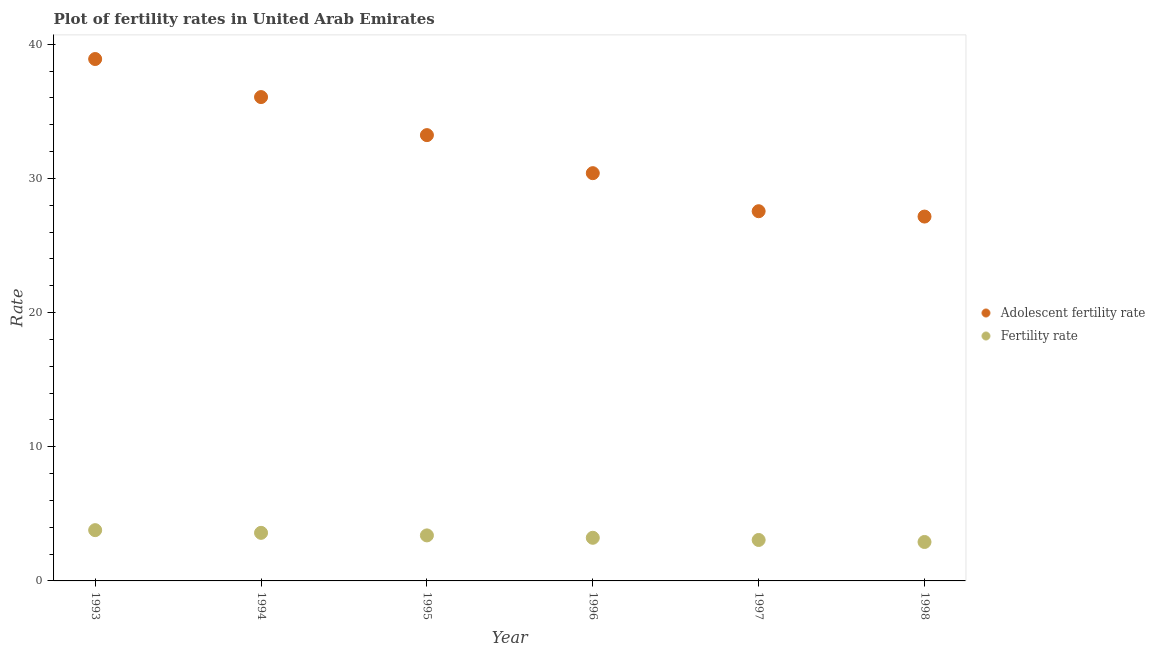
| Year | Adolescent fertility rate | Fertility rate |
 | --- | --- | --- |
 | 1993 | 38.9 | 3.78 |
 | 1994 | 36.1 | 3.58 |
 | 1995 | 33.2 | 3.39 |
 | 1996 | 30.4 | 3.21 |
 | 1997 | 27.6 | 3.05 |
 | 1998 | 27.2 | 2.9 |